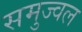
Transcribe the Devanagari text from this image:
समुज्वल